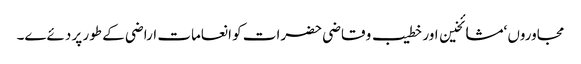
مجاوروں ‘مشائخین اور خطیب و قاضی حضرات کو انعامات اراضی کے طور پر دئےے۔